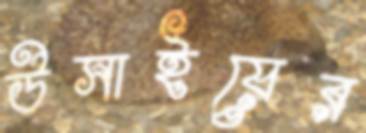
উসাইয়ের